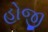
હોજી